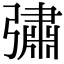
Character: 彇